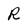
Character: R